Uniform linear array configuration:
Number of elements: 4
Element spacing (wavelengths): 1
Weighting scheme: blackman
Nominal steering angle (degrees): -15
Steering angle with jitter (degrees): -14.789
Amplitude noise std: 0.05
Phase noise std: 0.05

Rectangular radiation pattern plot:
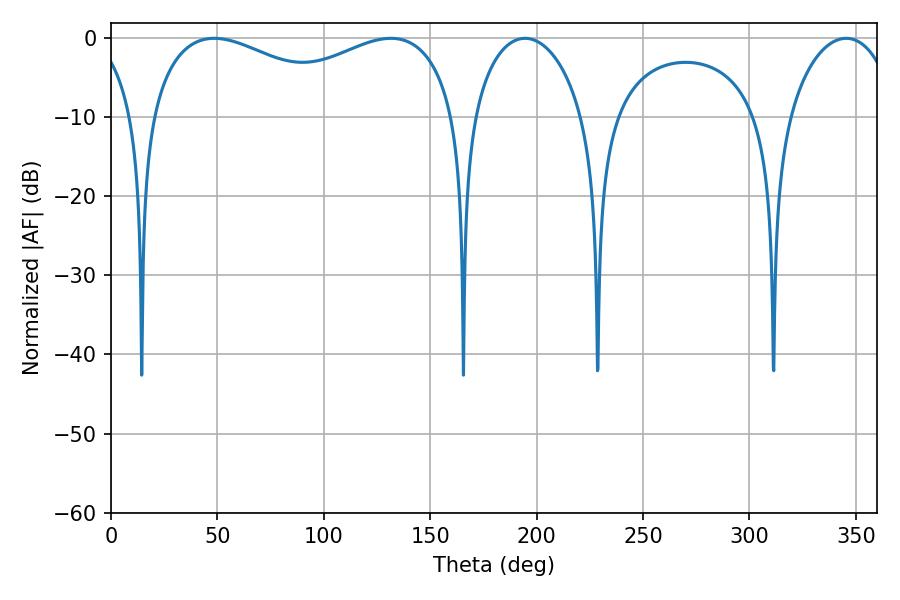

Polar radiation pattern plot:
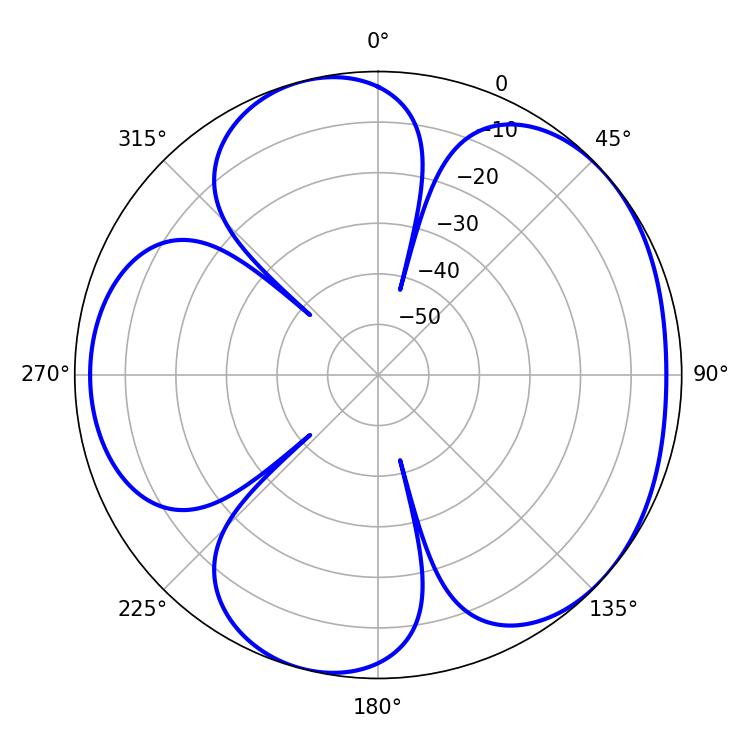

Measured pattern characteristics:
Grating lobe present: TRUE
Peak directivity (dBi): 4.768
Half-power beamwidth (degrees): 29.88
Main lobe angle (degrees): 345.42